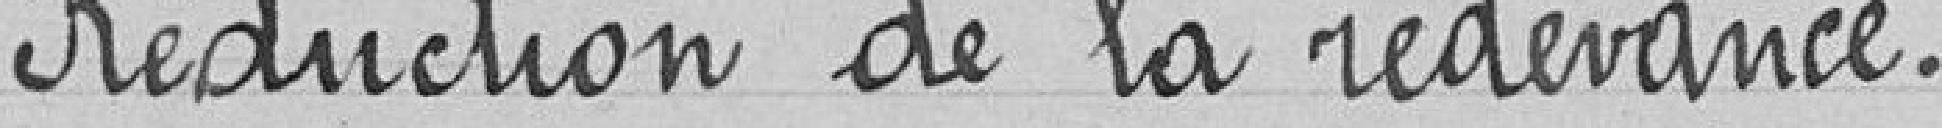
Réduction de la redevance.